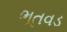
ભૂતવડ